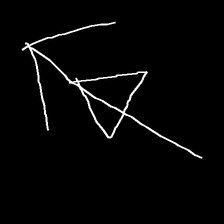
Glyph: pull